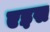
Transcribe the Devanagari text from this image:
एइस